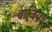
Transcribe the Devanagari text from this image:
वाजिया